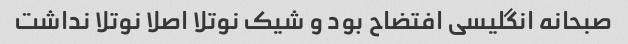
صبحانه انگلیسی افتضاح بود و شیک نوتلا اصلا نوتلا نداشت